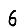
Digit: 6